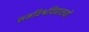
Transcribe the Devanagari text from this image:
समविश्वविद्यालयों